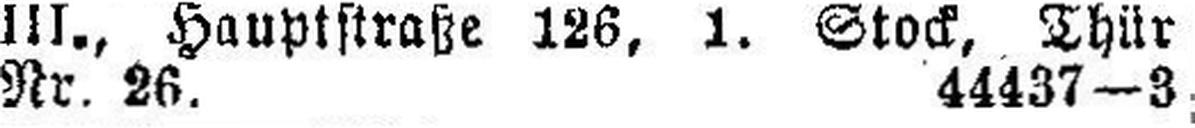
Nr. 26. 44437—3